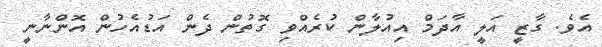
އެވެ. ގާޒީ އަލީ އާދަމް އިއުލާން ކުރެއްވި ގޮތުން ދެން އަޑުއެހުން އޮންނާނީ